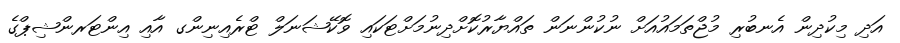
އަދި މިކުދިން އެނބުރި މުޖްތަމައުއަށް ނުކުންނަން ތައްޔާރުކޮށްދިނުމަށްޓަކައި ވޮކޭޝަނަލް ޓްރެއިނިންގ އާއި އިންޓަރންޝިޕްގެ